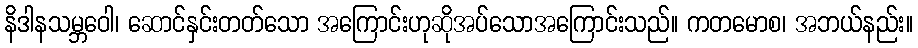
နိဒါနသမ္ဘဝေါ၊ ဆောင်နှင်းတတ်သော အကြောင်းဟုဆိုအပ်သောအကြောင်းသည်။ ကတမောစ၊ အဘယ်နည်း။